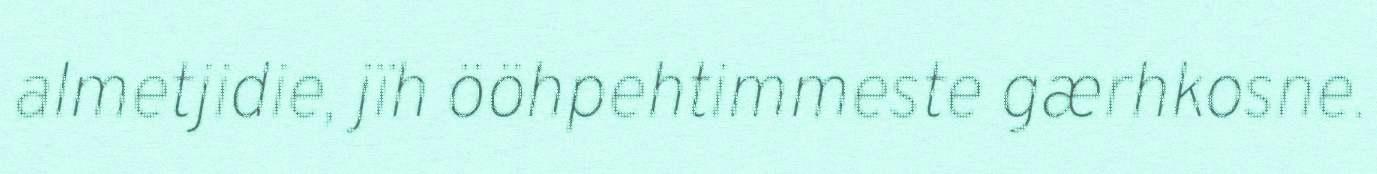
almetjidie, jïh ööhpehtimmeste gærhkosne.